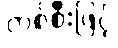
တစ်စီးဖြင့်